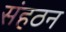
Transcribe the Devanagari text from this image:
संहठन